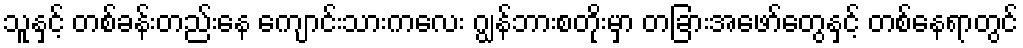
သူနှင့် တစ်ခန်းတည်းနေ ကျောင်းသားကလေး ဂျွန်ဘားစတိုးမှာ တခြားအဖော်တွေနှင့် တစ်နေရာတွင်